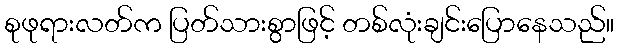
စုဖုရားလတ်က ပြတ်သားစွာဖြင့် တစ်လုံးချင်းပြောနေသည်။